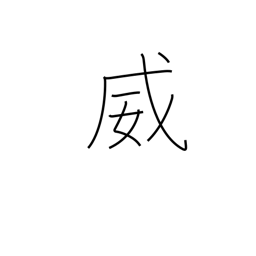
Meaning: threaten